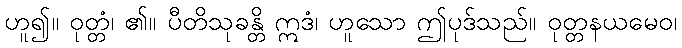
ဟူ၍။ ဝုတ္တံ၊ ၏။ ပီတိသုခန္တိ ဣဒံ၊ ဟူသော ဤပုဒ်သည်။ ဝုတ္တနယမေဝ၊